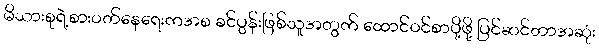
မိသားစုရဲ့စားဝတ်နေရေးကအစ ခင်ပွန်းဖြစ်သူအတွက် ထောင်ဝင်စာပို့ဖို့ ပြင်ဆင်တာအဆုံး